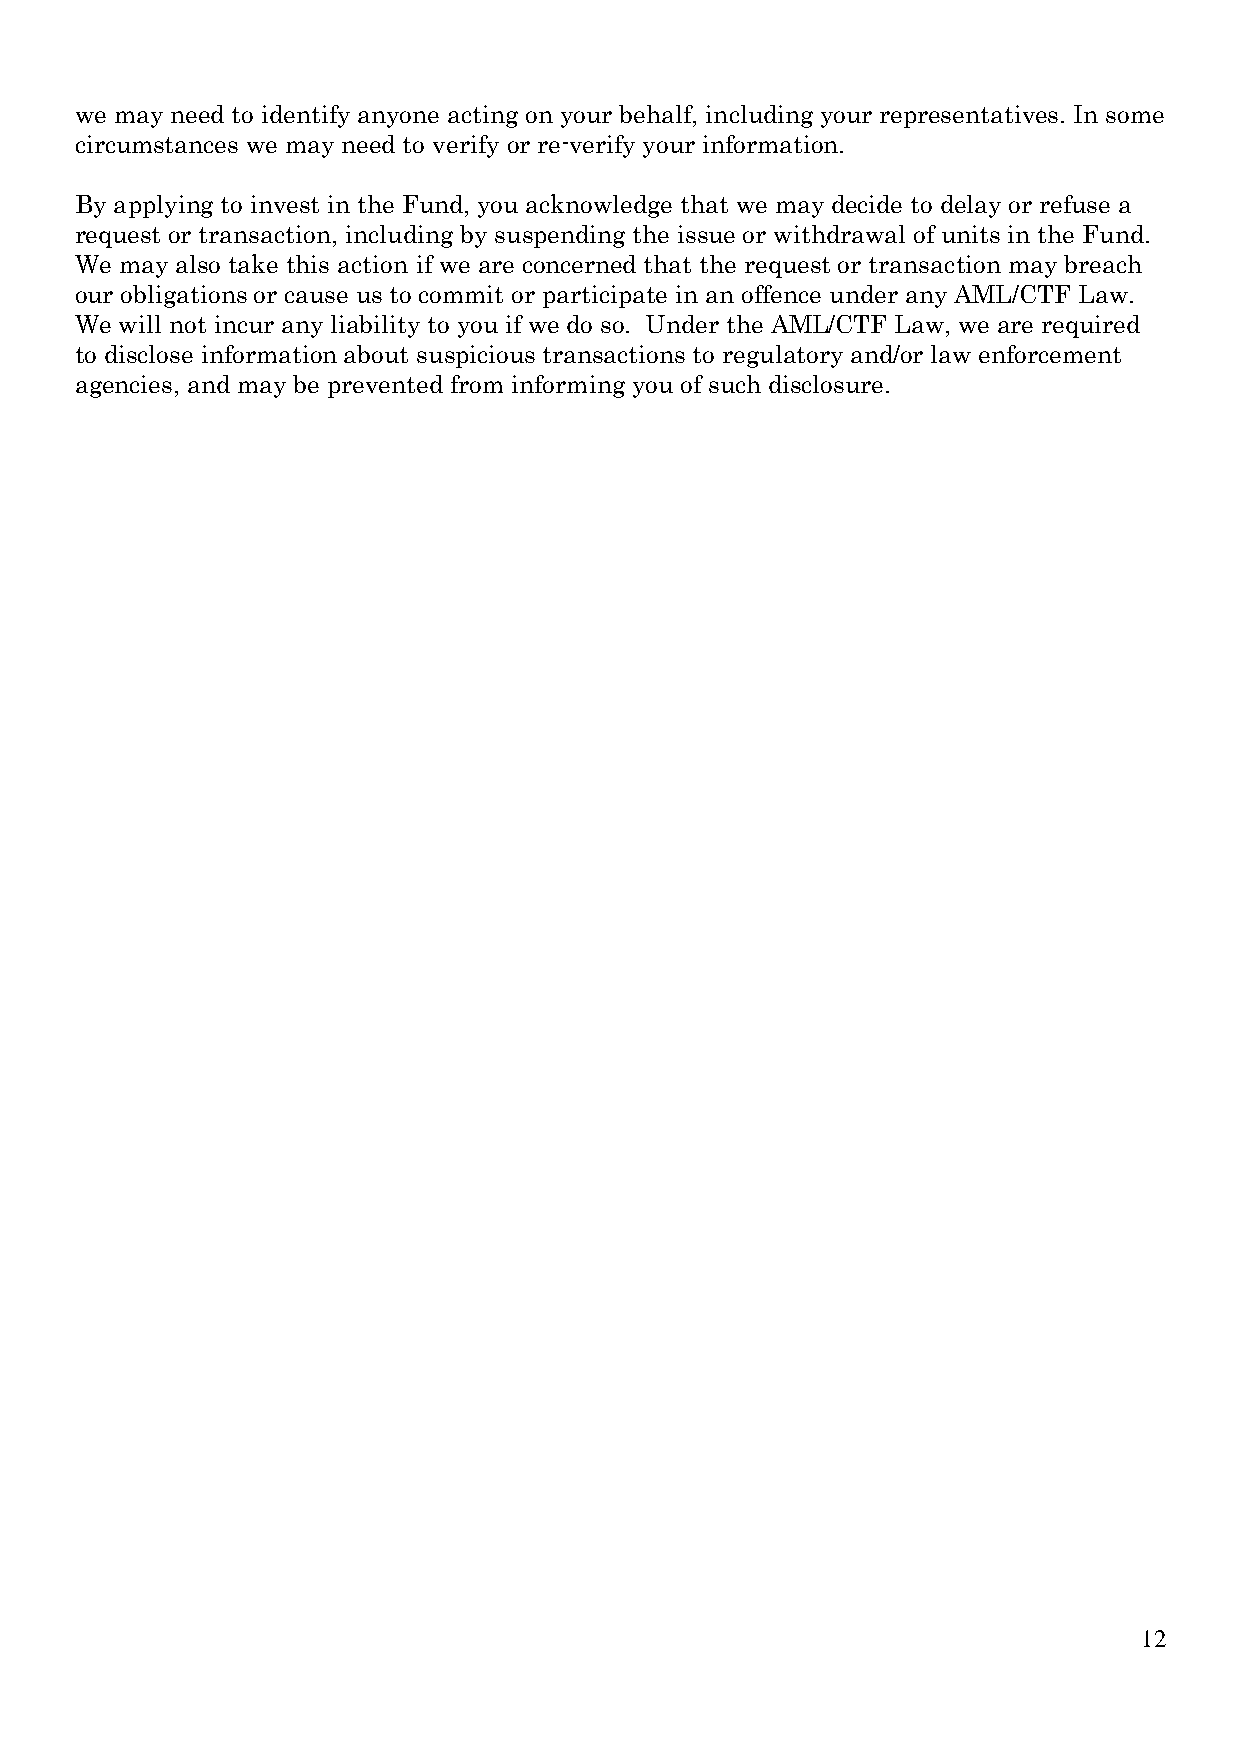
we may need to identify anyone acting on your behalf, including your representatives. In some
 circumstances we may need to verify or re-verify your information.
 By applying to invest in the Fund, you acknowledge that we may decide to delay or refuse a
 request or transaction, including by suspending the issue or withdrawal of units in the Fund.
 We may also take this action if we are concerned that the request or transaction may breach
 our obligations or cause us to commit or participate in an offence under any AML/CTF Law.
 We will not incur any liability to you if we do so. Under the AML/CTF Law, we are required
 to disclose information about suspicious transactions to regulatory and/or law enforcement
 agencies, and may be prevented from informing you of such disclosure.
 12